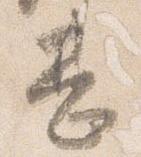
甚